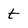
Character: t